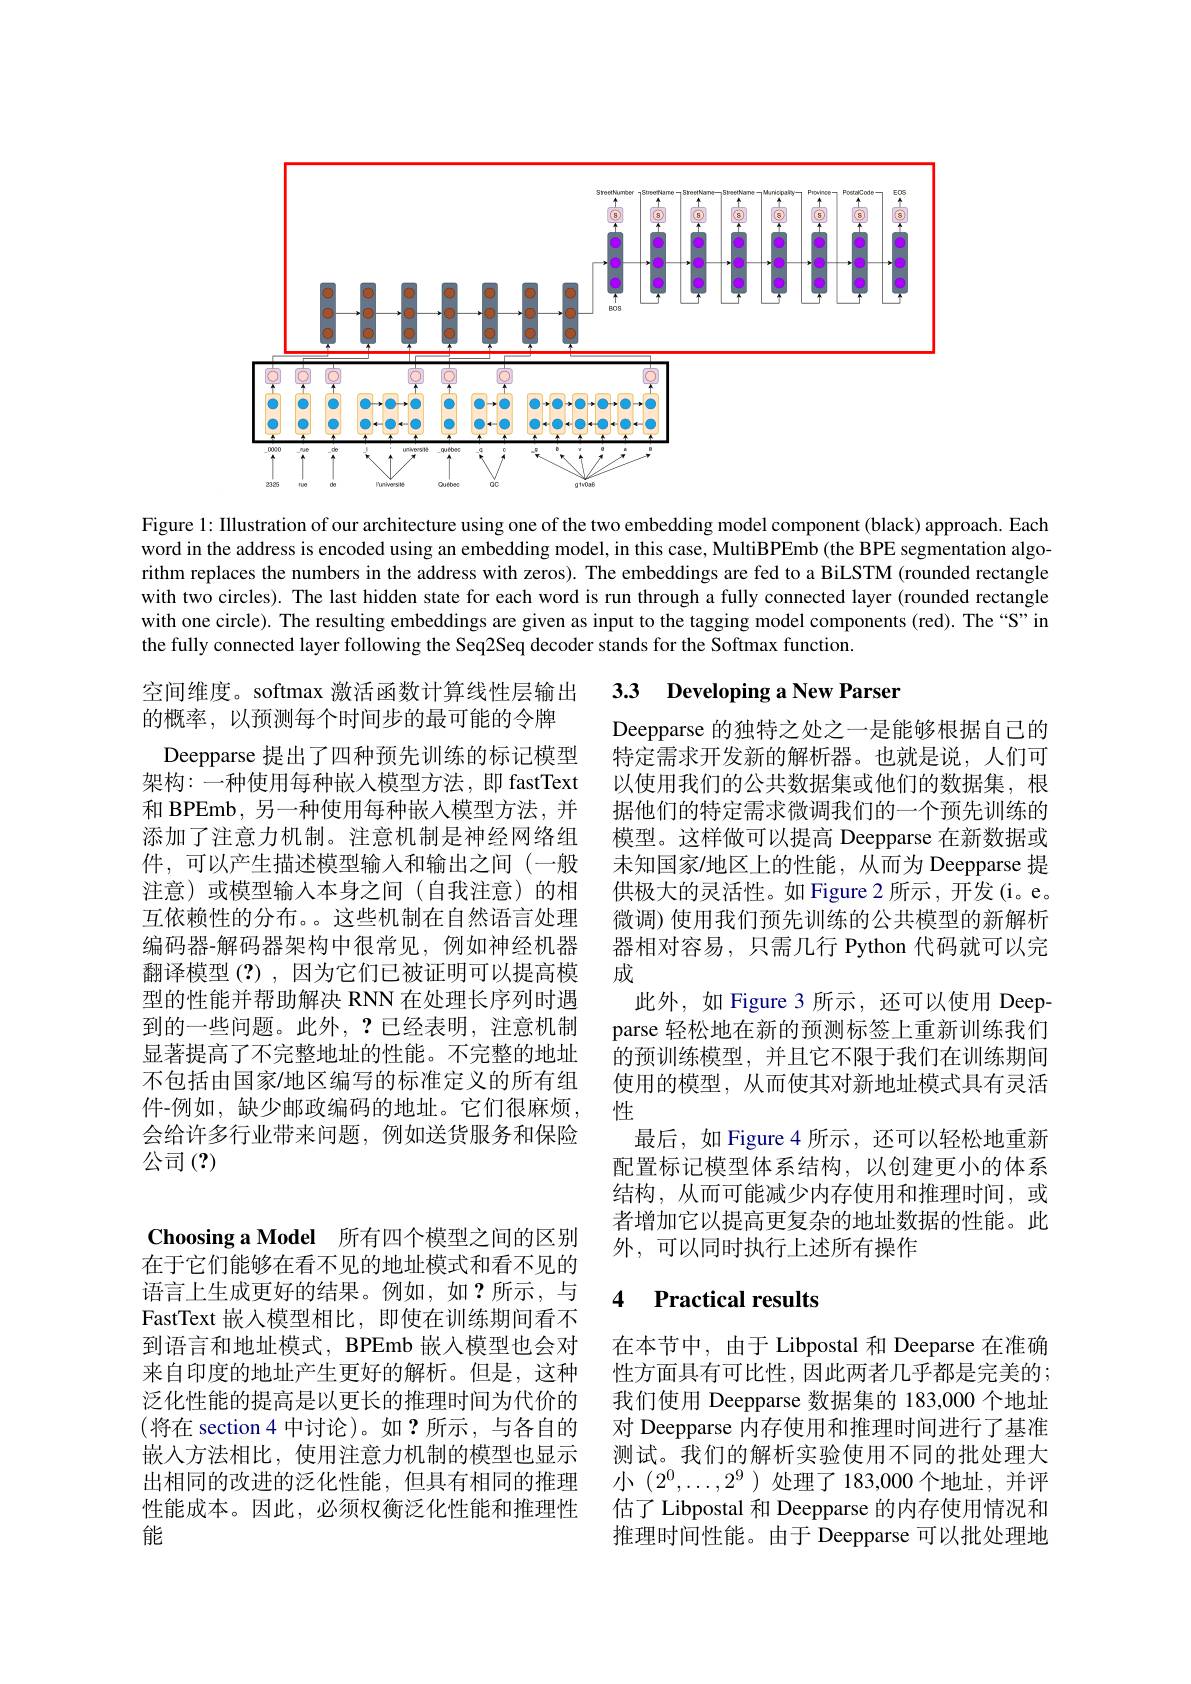
<FigureHere>

Figure 1: Illustration of our architecture using one of the two embedding model component (black) approach. Each word in the address is encoded using an embedding model, in this case, MultiBPEmb (the BPE segmentation algorithm replaces the numbers in the address with zeros). The embeddings are fed to a BiLSTM (rounded rectangle with two circles). The last hidden state for each word is run through a fully connected layer (rounded rectangle with one circle). The resulting embeddings are given as input to the tagging model components (red). The “S”in the fully connected layer following the Seq2Seq decoder stands for the Softmax function.

## 空间维度。softmax 激活函数计算线性层输出 3.3 Developing a New Parser

的概率，以预测每个时间步的最可能的令牌
Deepparse 提出了四种预先训练的标记模型架构：一种使用每种嵌入模型方法，即 fastText 和 BPEmb, 另一种使用每种嵌入模型方法，并添加了注意力机制。注意机制是神经网络组件，可以产生描述模型输入和输出之间(一般注意)或模型输入本身之间(自我注意)的相互依赖性的分布。。这些机制在自然语言处理编码器-解码器架构中很常见，例如神经机器翻译模型(?),因为它们已被证明可以提高模型的性能并帮助解决 RNN 在处理长序列时遇到的一些问题。此外，?已经表明，注意机制显著提高了不完整地址的性能。不完整的地址不包括由国家/地区编写的标准定义的所有组件-例如，缺少邮政编码的地址。它们很麻烦， 会给许多行业带来问题，例如送货服务和保险公司(?)

Deepparse 的独特之处之一是能够根据自己的特定需求开发新的解析器。也就是说，人们可以使用我们的公共数据集或他们的数据集，根据他们的特定需求微调我们的一个预先训练的模型。这样做可以提高 Deepparse 在新数据或未知国家/地区上的性能，从而为 Deepparse 提供极大的灵活性。如 Figure 2 所示 , 开发 (i。e。微调) 使用我们预先训练的公共模型的新解析器相对容易，只需几行 Python 代码就可以完成
此外，如 Figure 3 所示，还可以使用 Deepparse 轻松地在新的预测标签上重新训练我们的预训练模型，并且它不限于我们在训练期间使用的模型，从而使其对新地址模式具有灵活性
最后，如 Figure 4 所示，还可以轻松地重新配置标记模型体系结构，以创建更小的体系结构，从而可能减少内存使用和推理时间，或者增加它以提高更复杂的地址数据的性能。此外，可以同时执行上述所有操作

### $\textbf{4}$ $\textbf{Practical results}$

Choosing a Model 所有四个模型之间的区别在于它们能够在看不见的地址模式和看不见的语言上生成更好的结果。例如，如？所示，与FastText 嵌入模型相比，即使在训练期间看不到语言和地址模式，BPEmb 嵌入模型也会对来自印度的地址产生更好的解析。但是，这种泛化性能的提高是以更长的推理时间为代价的(将在 section 4 中讨论)。如？所示，与各自的嵌入方法相比，使用注意力机制的模型也显示出相同的改进的泛化性能，但具有相同的推理性能成本。因此，必须权衡泛化性能和推理性能

在本节中，由于 Libpostal 和 Deeparse 在准确性方面具有可比性，因此两者几乎都是完美的； 我们使用 Deepparse 数据集的 183,000 个地址对 Deepparse 内存使用和推理时间进行了基准测试。我们的解析实验使用不同的批处理大小$(2^0,\ldots,2^9$ )处理了 183,000 个地址，并评估了 Libpostal 和 Deepparse 的内存使用情况和推理时间性能。由于 Deepparse 可以批处理地